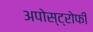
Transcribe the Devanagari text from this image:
अपोस्ट्रोफी